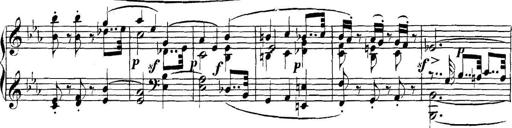
Title: Collected Piano Sonatas
Composer: Muzio Clementi